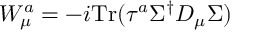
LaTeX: { { \cal W } _ { \mu } ^ { a } } = - i \mathrm { { T r } } ( \tau ^ { a } \Sigma ^ { \dagger } D _ { \mu } \Sigma ) \,